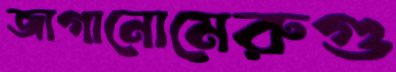
জাগানোমেরুগু